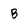
Character: B